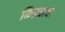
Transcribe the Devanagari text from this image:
किड्याचा